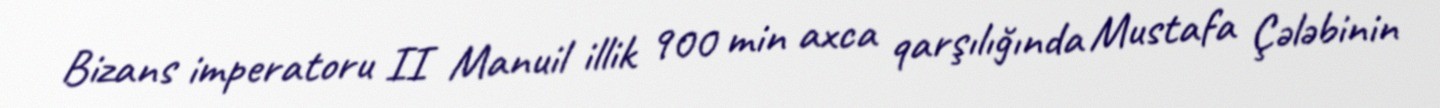
Bizans imperatoru II Manuil illik 900 min axca qarşılığında Mustafa Çələbinin